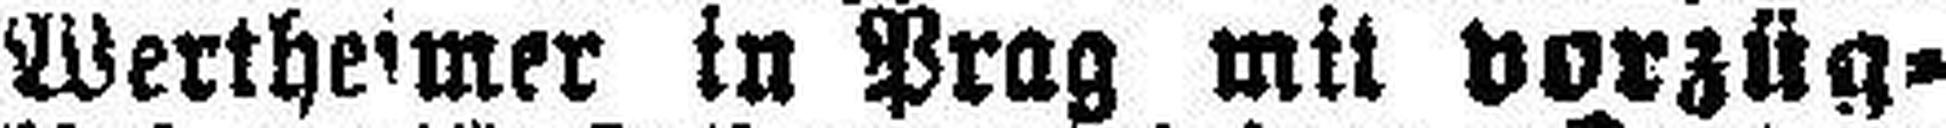
Wertheimer in Prag mit vorzüg¬